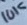
Text: 10K